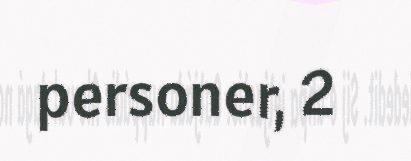
personer, 2